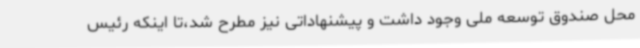
محل صندوق توسعه ملی وجود داشت و پیشنهاداتی نیز مطرح شد،تا اینکه رئیس